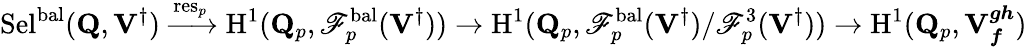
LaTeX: \mathrm{Sel}^{\mathrm{bal}}(\mathbf{Q},{\mathbf{V}^{\dagger}})\xrightarrow{\mathrm{res}_{p}}{\mathrm{H}}^{1}(\mathbf{Q}_{p},\mathscr{F}_{p}^{\mathrm{bal}}({\mathbf{V}^{\dagger}}))\rightarrow{\mathrm{H}}^{1}(\mathbf{Q}_{p},\mathscr{F}_{p}^{\mathrm{bal}}({\mathbf{V}^{\dagger}})/\mathscr{F}_{p}^{3}({\mathbf{V}^{\dagger}}))\rightarrow{\mathrm{H}}^{1}(\mathbf{Q}_{p},\mathbf{V}_{{\boldsymbol{f}}}^{{\boldsymbol{g}}{\boldsymbol{h}}})